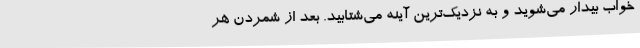
خواب بیدار می‌شوید و به نزدیک‌ترین آینه می‌شتابید. بعد از شمردن هر